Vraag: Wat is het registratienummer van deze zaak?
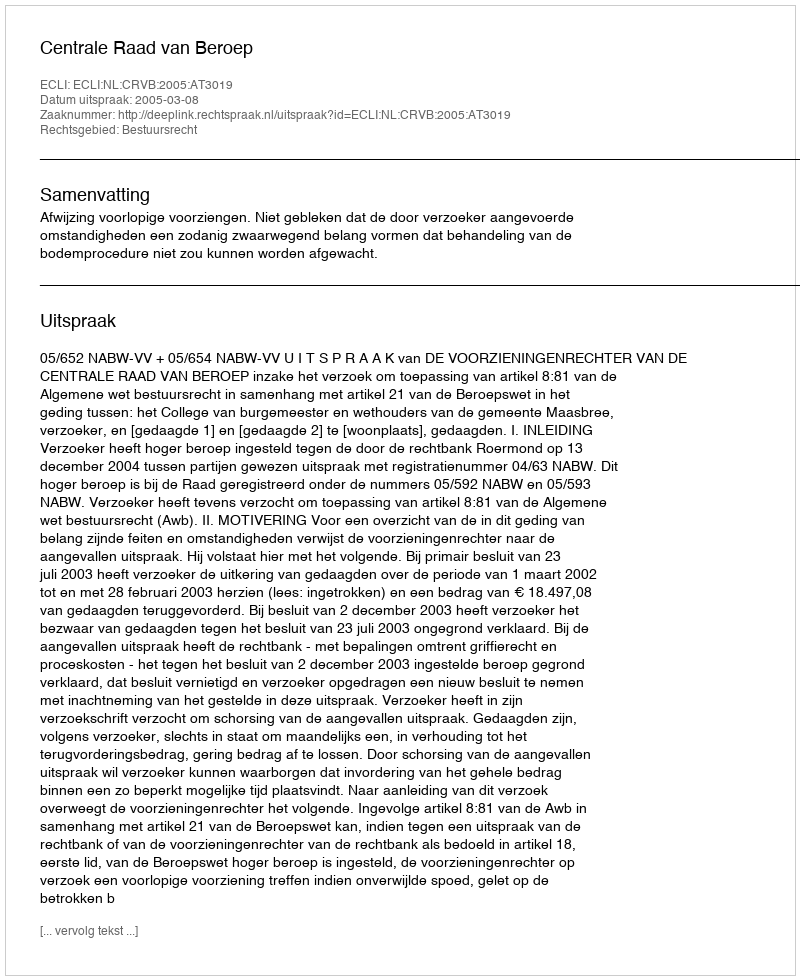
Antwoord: http://deeplink.rechtspraak.nl/uitspraak?id=ECLI:NL:CRVB:2005:AT3019